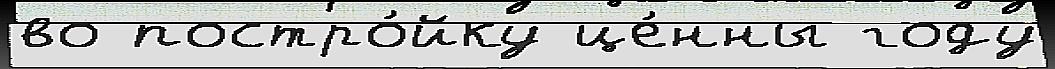
во постро́йку це́нны году